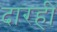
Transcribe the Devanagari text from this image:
दारही